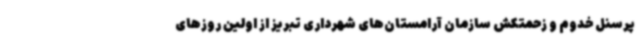
پرسنل خدوم و زحمتکش سازمان آرامستان‌های شهرداری تبریز از اولین روزهای